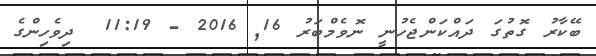
ބޭކާރު ގޮތުގަ ދައްކަންޖެހުނީ ނޮވެމްބަރު 16